Vaccination in Bombay 1863-1868 - 1863-1868
Year: 1863
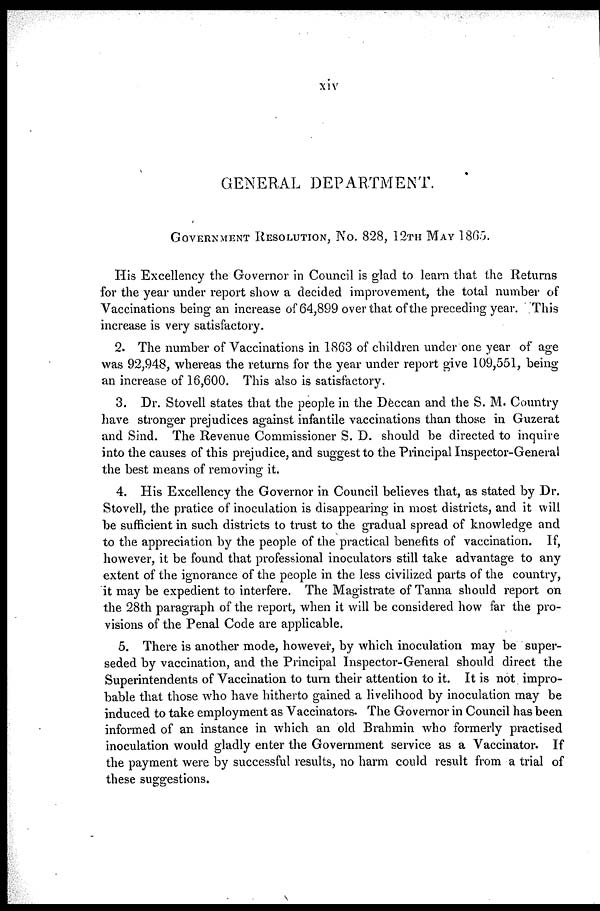
xiv
GENERAL DEPARTMENT.
GOVERNMENT RESOLUTION, NO. 828, 12TH MAY 1865.
His Excellency the Governor in Council is glad to learn that the Returns
for the year under report show a decided improvement, the total number of
Vaccinations being an increase of 64,899 over that of the preceding year. This
increase is very satisfactory.
2. The number of Vaccinations in 1863 of children under one year of age
was 92,948, whereas the returns for the year under report give 109,551, being
an increase of 16,600. This also is satisfactory.
3. Dr. Stovell states that the people in the Deccan and the S. M. Country
have stronger prejudices against infantile vaccinations than those in Guzerat
and Sind. The Revenue Commissioner S. D. should be directed to inquire
into the causes of this prejudice, and suggest to the Principal Inspector-General
the best means of removing it.
4. His Excellency the Governor in Council believes that, as stated by Dr.
Stovell, the pratice of inoculation is disappearing in most districts, and it will
be sufficient in such districts to trust to the gradual spread of knowledge and
to the appreciation by the people of the practical benefits of vaccination. If,
however, it be found that professional inoculators still take advantage to any
extent of the ignorance of the people in the less civilized parts of the country,
it may be expedient to interfere. The Magistrate of Tanna should report on
the 28th paragraph of the report, when it will be considered how far the pro-
visions of the Penal Code are applicable.
5. There is another mode, however, by which inoculation may be super-
seded by vaccination, and the Principal Inspector-General should direct the
Superintendents of Vaccination to turn their attention to it. It is not impro-
bable that those who have hitherto gained a livelihood by inoculation may be
induced to take employment as Vaccinators. The Governor in Council has been
informed of an instance in which an old Brahmin who formerly practised
inoculation would gladly enter the Government service as a Vaccinator. If
the payment were by successful results, no harm could result from a trial of
these suggestions.